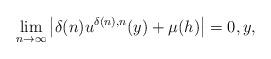
LaTeX: \begin{align*} \begin{aligned} \lim\limits_{n\rightarrow\infty}\left|\delta(n) u^{\delta(n),n}(y) + \mu(h)\right| =0, y, \end{aligned}\end{align*}